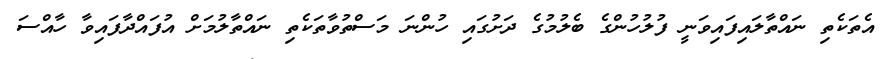
އެތަކެތި ނައްތާލައިފައިވަނީ ފުލުހުންގެ ބެލުމުގެ ދަށުގައި ހުންނަ މަސްތުވާތަކެތި ނައްތާލުމަށް އުފައްދާފައިވާ ހާއްސަ